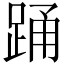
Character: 踊